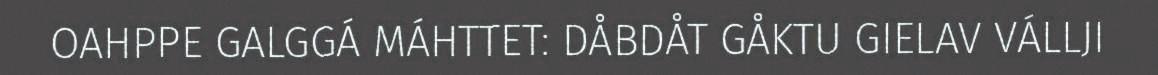
OAHPPE GALGGÁ MÁHTTET: DÅBDÅT GÅKTU GIELAV VÁLLJI